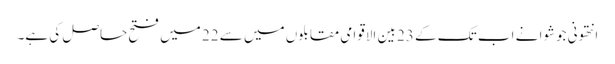
انتھونی جوشوا نے اب تک کے 23 بین الاقوامی مقابلوں میں سے 22 میں فتح حاصل کی ہے۔